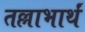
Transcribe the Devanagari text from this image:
तल्लाभार्थं